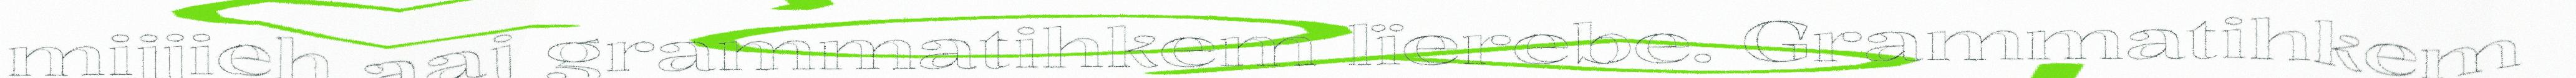
mijjieh aaj grammatihkem lïerebe. Grammatihkem